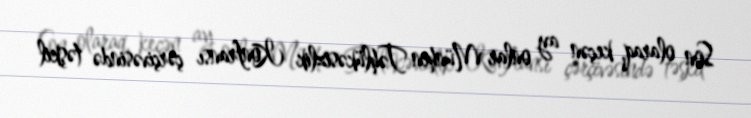
Son olaraq, keçən ay onlar Münhen Təhlükəsizlik Konfransı çərçivəsində təşkil